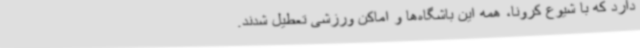
دارد که با شیوع کرونا، همه این باشگاه‌ها و اماکن ورزشی تعطیل شدند.